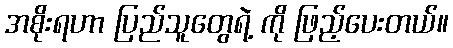
အစိုးရဟာ ပြည်သူတွေရဲ့ ကို ဖြည့်ပေးတယ်။